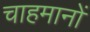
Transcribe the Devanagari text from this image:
चाहमानों